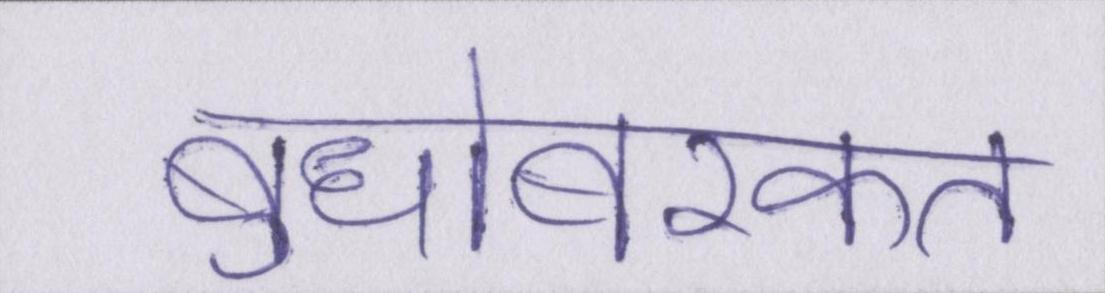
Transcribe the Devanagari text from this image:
बुधोबरकत